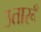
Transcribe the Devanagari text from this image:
उतारूँ